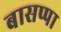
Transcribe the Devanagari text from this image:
बासप्पा